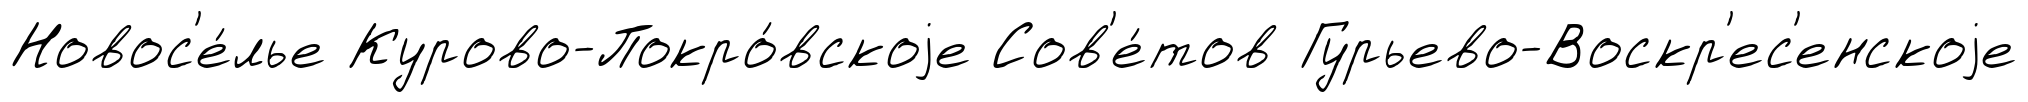
Новос'е́лье Курово-Покро́вскоjе Сов'е́тов Гурьево-Воскр'ес'енскоjе